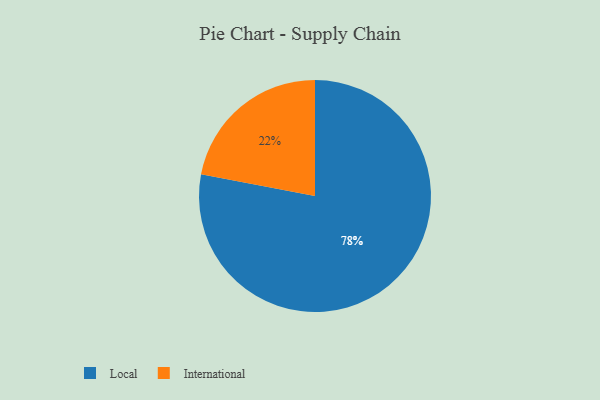
{"axis": {"x": "Category", "y": "Percentage"}, "legend": ["International", "Local"], "data": [{"x": "International", "y": 22, "type": "International"}, {"x": "Local", "y": 78, "type": "Local"}]}